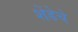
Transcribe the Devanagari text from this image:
शेंडेचे